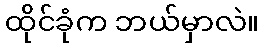
ထိုင်ခုံက ဘယ်မှာလဲ။